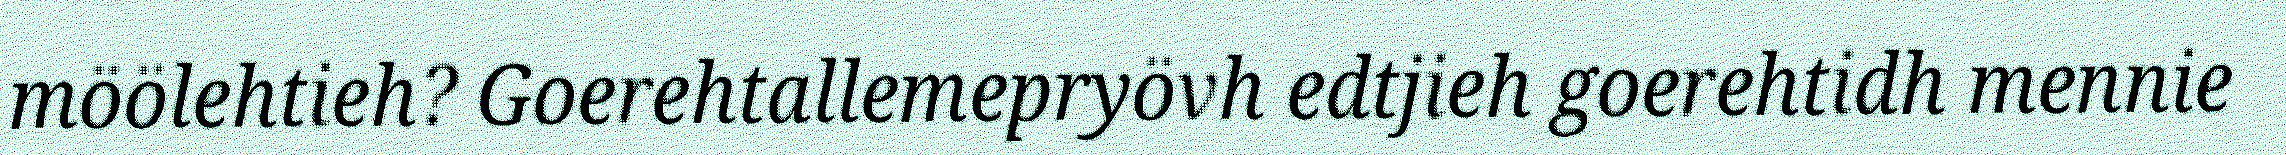
möölehtieh? Goerehtallemepryövh edtjieh goerehtidh mennie